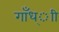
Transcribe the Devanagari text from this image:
गाँध्ाी